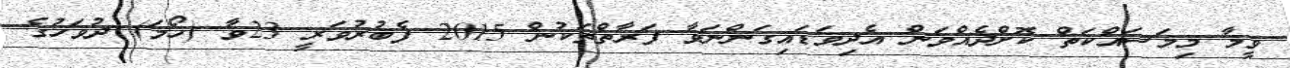
ވީމާ މިމަސައްކަތް ކޮށްދެއްވަން އެދިވަޑައިގަންނަވާ ފަރާތްތަކުން 2015 ފެބުރުވަރީ 23ވާ (ހޯމަ) ދުވަހުގެ